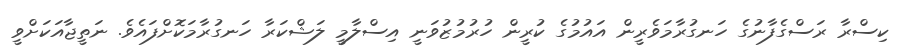
ކިސްރާ ރަސްގެފާނުގެ ހަނގުރާމަވެރީން އައުމުގެ ކުރީން ހުރުމުޒުވަނީ އިސްލާމީ ލަޝްކަރާ ހަނގުރާމަކޮށްފައެވެ. ނަތީޖާއަކަށްވީ